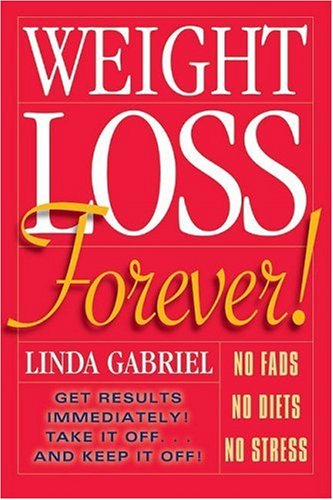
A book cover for Weight Loss Forever!: The Inner Power Series; Linda Gabriel; Health, Fitness & Dieting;